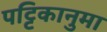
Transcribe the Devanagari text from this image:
पट्टिकानुमा